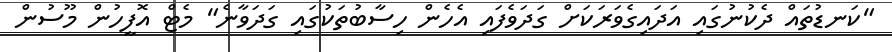
"ކަނޑުތައް ދެކުނުގައި އަދައިގެވަރަކަށް ގަދަވެފައި އެހެން ހިސާބުތަކުގައި ގަދަވާނެ" މެޓް އޮފީހުން މޫސުން